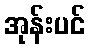
အုန်းပင်